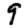
Digit: 9